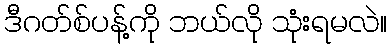
ဒီဂတ်စ်ပန့်ကို ဘယ်လို သုံးရမလဲ။